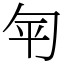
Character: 匉